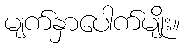
မျက်နှာပေါက်မျိုး။